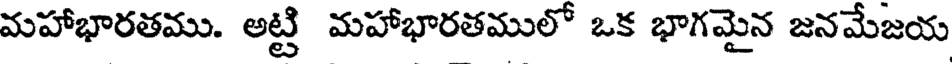
మహాభారతము. అట్టి మహాభారతములో ఒక భాగమైన జనమేజయ